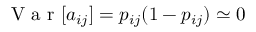
\mathrm { ~ V ~ a ~ r ~ } [ a _ { i j } ] = p _ { i j } ( 1 - p _ { i j } ) \simeq 0